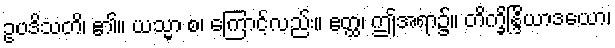
ဥပဒိသတိ၊ ၏။ ယသ္မာ စ၊ ကြောင့်လည်း။ ဧတ္ထ၊ ဤအရာ၌။ တိက္ခိန္ဒြိယာဒယော၊